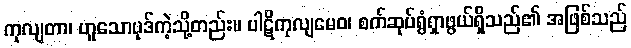
ကုလျတာ၊ ဟူသောပုဒ်ကဲ့သို့တည်း။ ပါဋိကုလျမေဝ၊ စက်ဆုပ်ရွံရှာဖွယ်ရှိသည်၏ အဖြစ်သည်